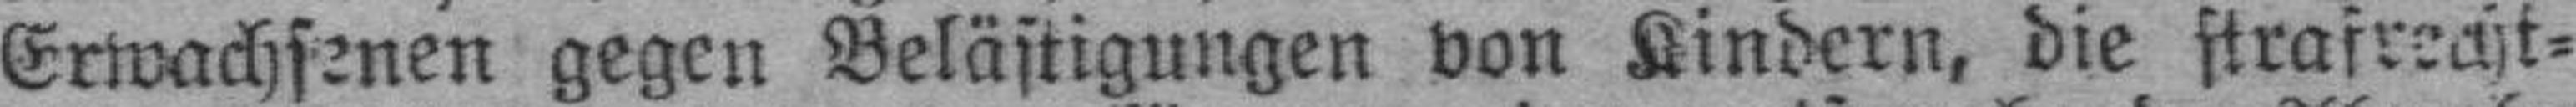
Erwachsenen gegen Belästigungen von Kindern, die strafrecht¬